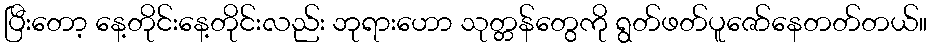
ပြီးတော့ နေ့တိုင်းနေ့တိုင်းလည်း ဘုရားဟော သုတ္တန်တွေကို ရွတ်ဖတ်ပူဇော်နေတတ်တယ်။